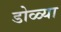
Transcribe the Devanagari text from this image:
डोळ्या